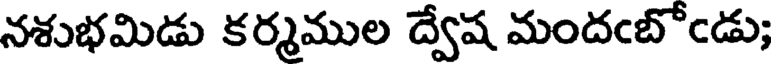
నశుభమిడు కర్మముల ద్వేష మందఁబోఁడు;